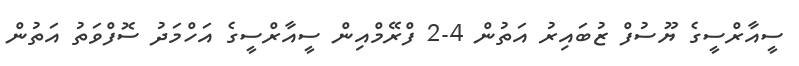
ސީއާރްސީގެ ޔޫސުފް ޒުބައިރު އަތުން 4-2 ފްރޭމްއިން ސީއާރްސީގެ އަހްމަދު ސޮފްވަތު އަތުން